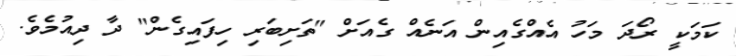
ކަަމަކީ ރޯދަ މަހު އެއްގެއިން އަނެއް ގެެއަށް "ތަށިބަރި ހިފައިގެން" ދާ ދިއުމެވެ.